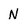
Character: N